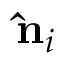
{ \bf \hat { n } } _ { i }